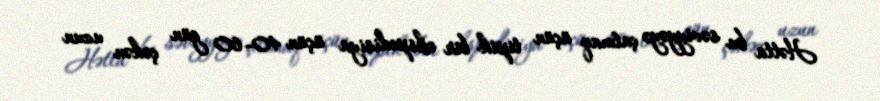
Hətta bu səviyyəyə çatmaq üçün tipik bir ekspedisiya üçün 40–60 gün çəkən uzun